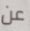
عن